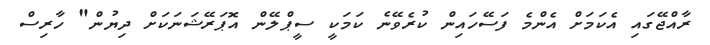
ރާއްޖޭގައި އެކަމަށް އެންމެ ފަސޭހައިން ކުރެވޭނެ ކަމަކީ ސީޕްލޭން އޮޕަރޭޝަނަކަށް ދިޔުން" ހާރިސް